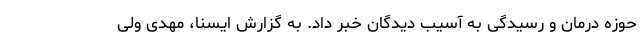
حوزه درمان و رسیدگی به آسیب دیدگان خبر داد. به گزارش ایسنا، مهدی ولی